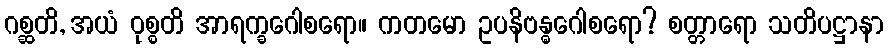
ဂစ္ဆတိ, အယံ ဝုစ္စတိ အာရက္ခဂေါစရော။ ကတမော ဥပနိဗန္ဓဂေါစရော? စတ္တာရော သတိပဋ္ဌာနာ